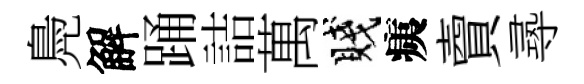
鳧解踊詰萬賤痍𧶠𡬶